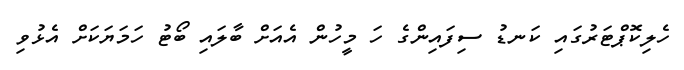
ހެލިކޮޕްޓަރުގައި ކަނޑު ސިފައިންގެ ހަ މީހުން އެއަށް ބާލައި ބޯޓު ހަމަޔަކަށް އެޅުވި